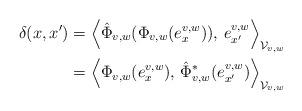
LaTeX: \begin{align*} \delta(x, x')&=\left\langle \hat{\Phi}_{v,w}(\Phi_{v,w}(e^{v,w}_x)),\,e^{v,w}_{x'}\right\rangle_{\mathcal{V}_{v,w}}\\ &= \left\langle \Phi_{v,w}(e^{v,w}_x),\, \hat{\Phi}^*_{v,w}(e^{v,w}_{x'})\right\rangle_{\mathcal{V}_{v,w}}\end{align*}